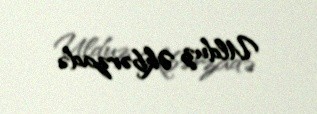
Ulduz Əkbərzadə